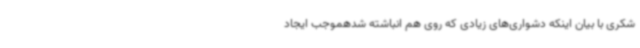
شکری با بیان اینکه دشواری‌های زیادی که روی هم انباشته شدهموجب ایجاد